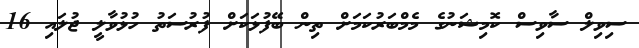
ސިވިލް ސާވިސް ކޮމިޝަނުގެ މެމްބަރުކަމަށް ތިން ބޭފުޅަކަށް ފުރުސަތު ހުޅުވާލީ ޖުލައި 16